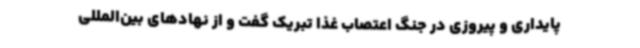
پایداری و پیروزی در جنگ اعتصاب غذا تبریک گفت و از نهادهای بین‌المللی